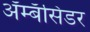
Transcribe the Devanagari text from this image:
अॅम्बॅसिडर